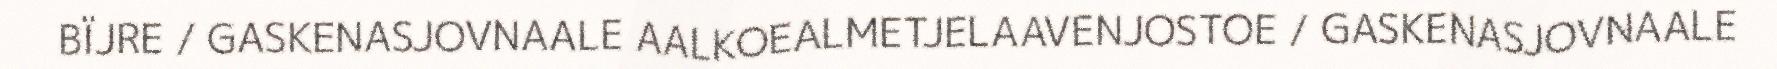
BÏJRE / GASKENASJOVNAALE AALKOEALMETJELAAVENJOSTOE / GASKENASJOVNAALE